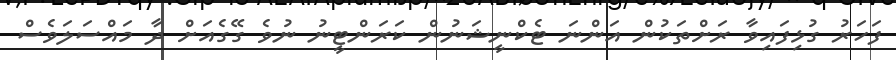
ފަހަރު ގުޅިފައިވާ ރަށްތަކުން އަންނަ ޓެކްނީޝަނުން ކަރަންޓީނު ނުވެ ގޭގެއަށް ދާ މައްސަލަވެސް